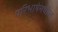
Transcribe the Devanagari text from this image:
परिभाषेमधील